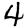
Digit: 4